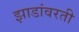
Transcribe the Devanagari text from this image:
झाडांवरती